Report of the Indian Hemp Drugs Commission, 1894-1895 - Volume V
Year: 1894
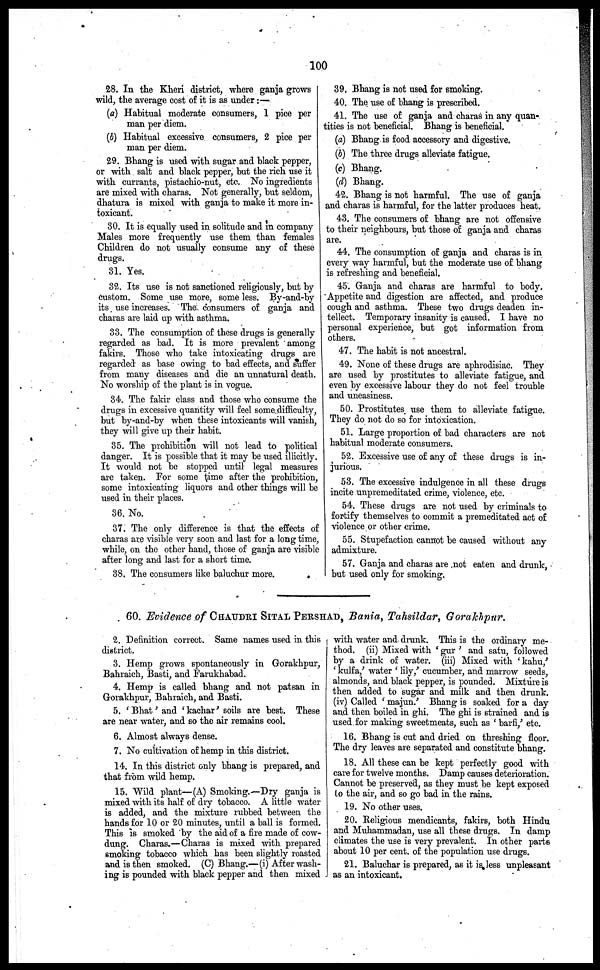
100
28. In the Kheri district, where ganja grows
wild, the average cost of it is as under :—
(a) Habitual moderate consumers, 1 pice per
man per diem.
(b) Habitual excessive consumers, 2 pice per
man per diem.
29. Bhang is used with sugar and black pepper,
or with salt and black pepper, but the rich use it
with currants, pistachio-nut, etc. No ingredients
are mixed with charas. Not generally, but seldom,
dhatura is mixed with ganja to make it more in-
toxicant.
30. It is equally used in solitude and in company
Males more frequently use them than females
Children do not usually consume any of these
drugs.
31. Yes.
32. Its use is not sanctioned religiously, but by
custom. Some use more, some less. By-and-by
its use increases. The consumers of ganja and
charas are laid up with asthma.
33. The consumption of these drugs is generally
regarded as bad. It is more prevalent among
fakirs. Those who take intoxicating drugs are
regarded as base owing to bad effects, and suffer
from many diseases and die an unnatural death.
No worship of the plant is in vogue.
34. The fakir class and those who consume the
drugs in excessive quantity will feel some difficulty,
but by-and-by when these intoxicants will vanish,
they will give up their habit.
35. The prohibition will not lead to political
danger. It is possible that it may be used illicitly.
It would not be stopped until legal measures
are taken. For some time after the prohibition,
some intoxicating liquors and other things will be
used in their places.
36. No.
37. The only difference is that the effects of
charas are visible very soon and last for a long time,
while, on the other hand, those of ganja are visible
after long and last for a short time.
38. The consumers like baluchur more.
39. Bhang is not used for smoking.
40. The use of bhang is prescribed.
41. The use of ganja and charas in any quan-
tities is not beneficial. Bhang is beneficial.
(a) Bhang is food accessory and digestive.
(b) The three drugs alleviate fatigue.
(c) Bhang.
(d) Bhang.
42. Bhang is not harmful. The use of ganja
and charas is harmful, for the latter produces heat.
43. The consumers of bhang are not offensive
to their neighbours, but those of ganja and charas
are.
44. The consumption of ganja and charas is in
every way harmful, but the moderate use of bhang
is refreshing and beneficial.
45. Ganja and charas are harmful to body.
Appetite and digestion are affected, and produce
cough and asthma. These two drugs deaden in-
tellect. Temporary insanity is caused. I have no
personal experience, but got information from
others.
47. The habit is not ancestral.
49. None of these drugs are aphrodisiac. They
are used by prostitutes to alienate fatigue, and
even by excessive labour they do not feel trouble
and uneasiness.
50. Prostitutes use them to alleviate fatigue.
They do not do so for intoxication.
51. Large proportion of bad characters are not
habitual moderate consumers.
52. Excessive use of any of these drugs is in-
jurious.
53. The excessive indulgence in all these drugs
incite unpremeditated crime, violence, etc.
54. These drugs are not used by criminals to
fortify themselves to commit a premeditated act of
violence or other crime.
55. Stupefaction cannot be caused without any
admixture.
57. Ganja and charas are not eaten and drunk,
but used only for smoking.
60. Evidence of CHUDHARI SITAL PERSHAD, Bania, Tahsildar, Gorakhpur.
2. Definition correct. Same names used in this
district.
3. Hemp grows spontaneously in Gorakhpur,
Bahraich, Basti, and Farukhabad.
4. Hemp is called bhang and not patsan in
Gorakhpur, Bahraich, and Basti.
5. ' Bhat' and ' kachar' soils are best. These
are near water, and so the air remains cool.
6. Almost always dense.
7. No cultivation of hemp in this district.
14. In this district only bhang is prepared, and
that from wild hemp.
15. Wild plant—(A) Smoking.—Dry ganja is
mixed with its half of dry tobacco. A little water
is added, and the mixture rubbed between the
hands for 10 or 20 minutes, until a ball is formed.
This is smoked by the aid of a fire made of cow-
dung. Charas.—Charas is mixed with prepared
smoking tobacco which has been slightly roasted
and is then smoked. (C) Bhang.—(i) After wash-
ing is pounded with black pepper and then mixed
with water and drank. This is the ordinary me-
thod. (ii) Mixed with ' gur ' and satu, followed
by a drink of water. (iii) Mixed with ' kahu,'
' kulfa,' water ' lily,' cucumber, and marrow seeds,
almonds, and black pepper, is pounded. Mixture is
then added to sugar and milk and then drunk.
(iv) Called ' majun.' Bhang is soaked for a day
and then boiled in ghi. The ghi is strained and is
used for making sweetmeats, such as ' barfi,' etc.
16. Bhang is cut and dried on threshing floor.
The dry leaves are separated and constitute bhang.
18. All these can be kept perfectly good with
care for twelve months. Damp causes deterioration.
Cannot be preserved, as they must be kept exposed
to the air, and so go bad in the rains.
19. No other uses.
20. Religious mendicants, fakirs, both Hindu
and Muhammadan, use all these drugs. In damp
climates the use is very prevalent. In other parts
about 10 per cent. of the population use drugs.
21. Baluchar is prepared, as it is less unpleasant
as an intoxicant.